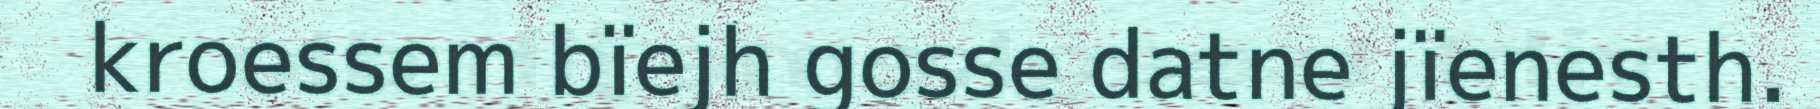
kroessem bïejh gosse datne jïenesth.